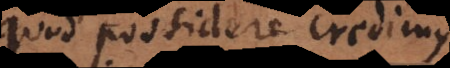
quod possidere credimus